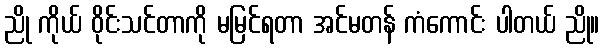
ညို ကိုယ် ဝိုင်းသင်တာကို မမြင်ရတာ အင်မတန် ကံကောင်း ပါတယ် ညို။